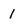
Character: 1